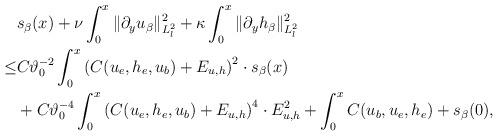
LaTeX: \begin{align*}\begin{aligned}&s_\beta(x)+\nu\int_0^x \Vert \partial_y u_\beta \Vert_{L^2_l}^2+\kappa\int_0^x \Vert \partial_y h_\beta \Vert_{L^2_l}^2\\\leq &C\vartheta_0^{-2}\int_0^x \left(C(u_e,h_e,u_b)+E_{u,h}\right)^2\cdot s_\beta(x)\\&+C\vartheta_0^{-4}\int_0^x \left(C(u_e,h_e,u_b)+E_{u,h}\right)^4\cdot E_{u,h}^2+\int_0^x C(u_b,u_e,h_e)+s_\beta(0),\end{aligned}\end{align*}